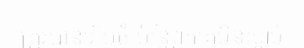
ត្រូវបានរៀបចំ ប៉ុន្តែពួកគេមិនស្តាប់